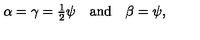
\alpha = \gamma = { \textstyle { \frac { 1 } { 2 } } } \psi \quad \mathrm { a n d } \quad \beta = \psi ,